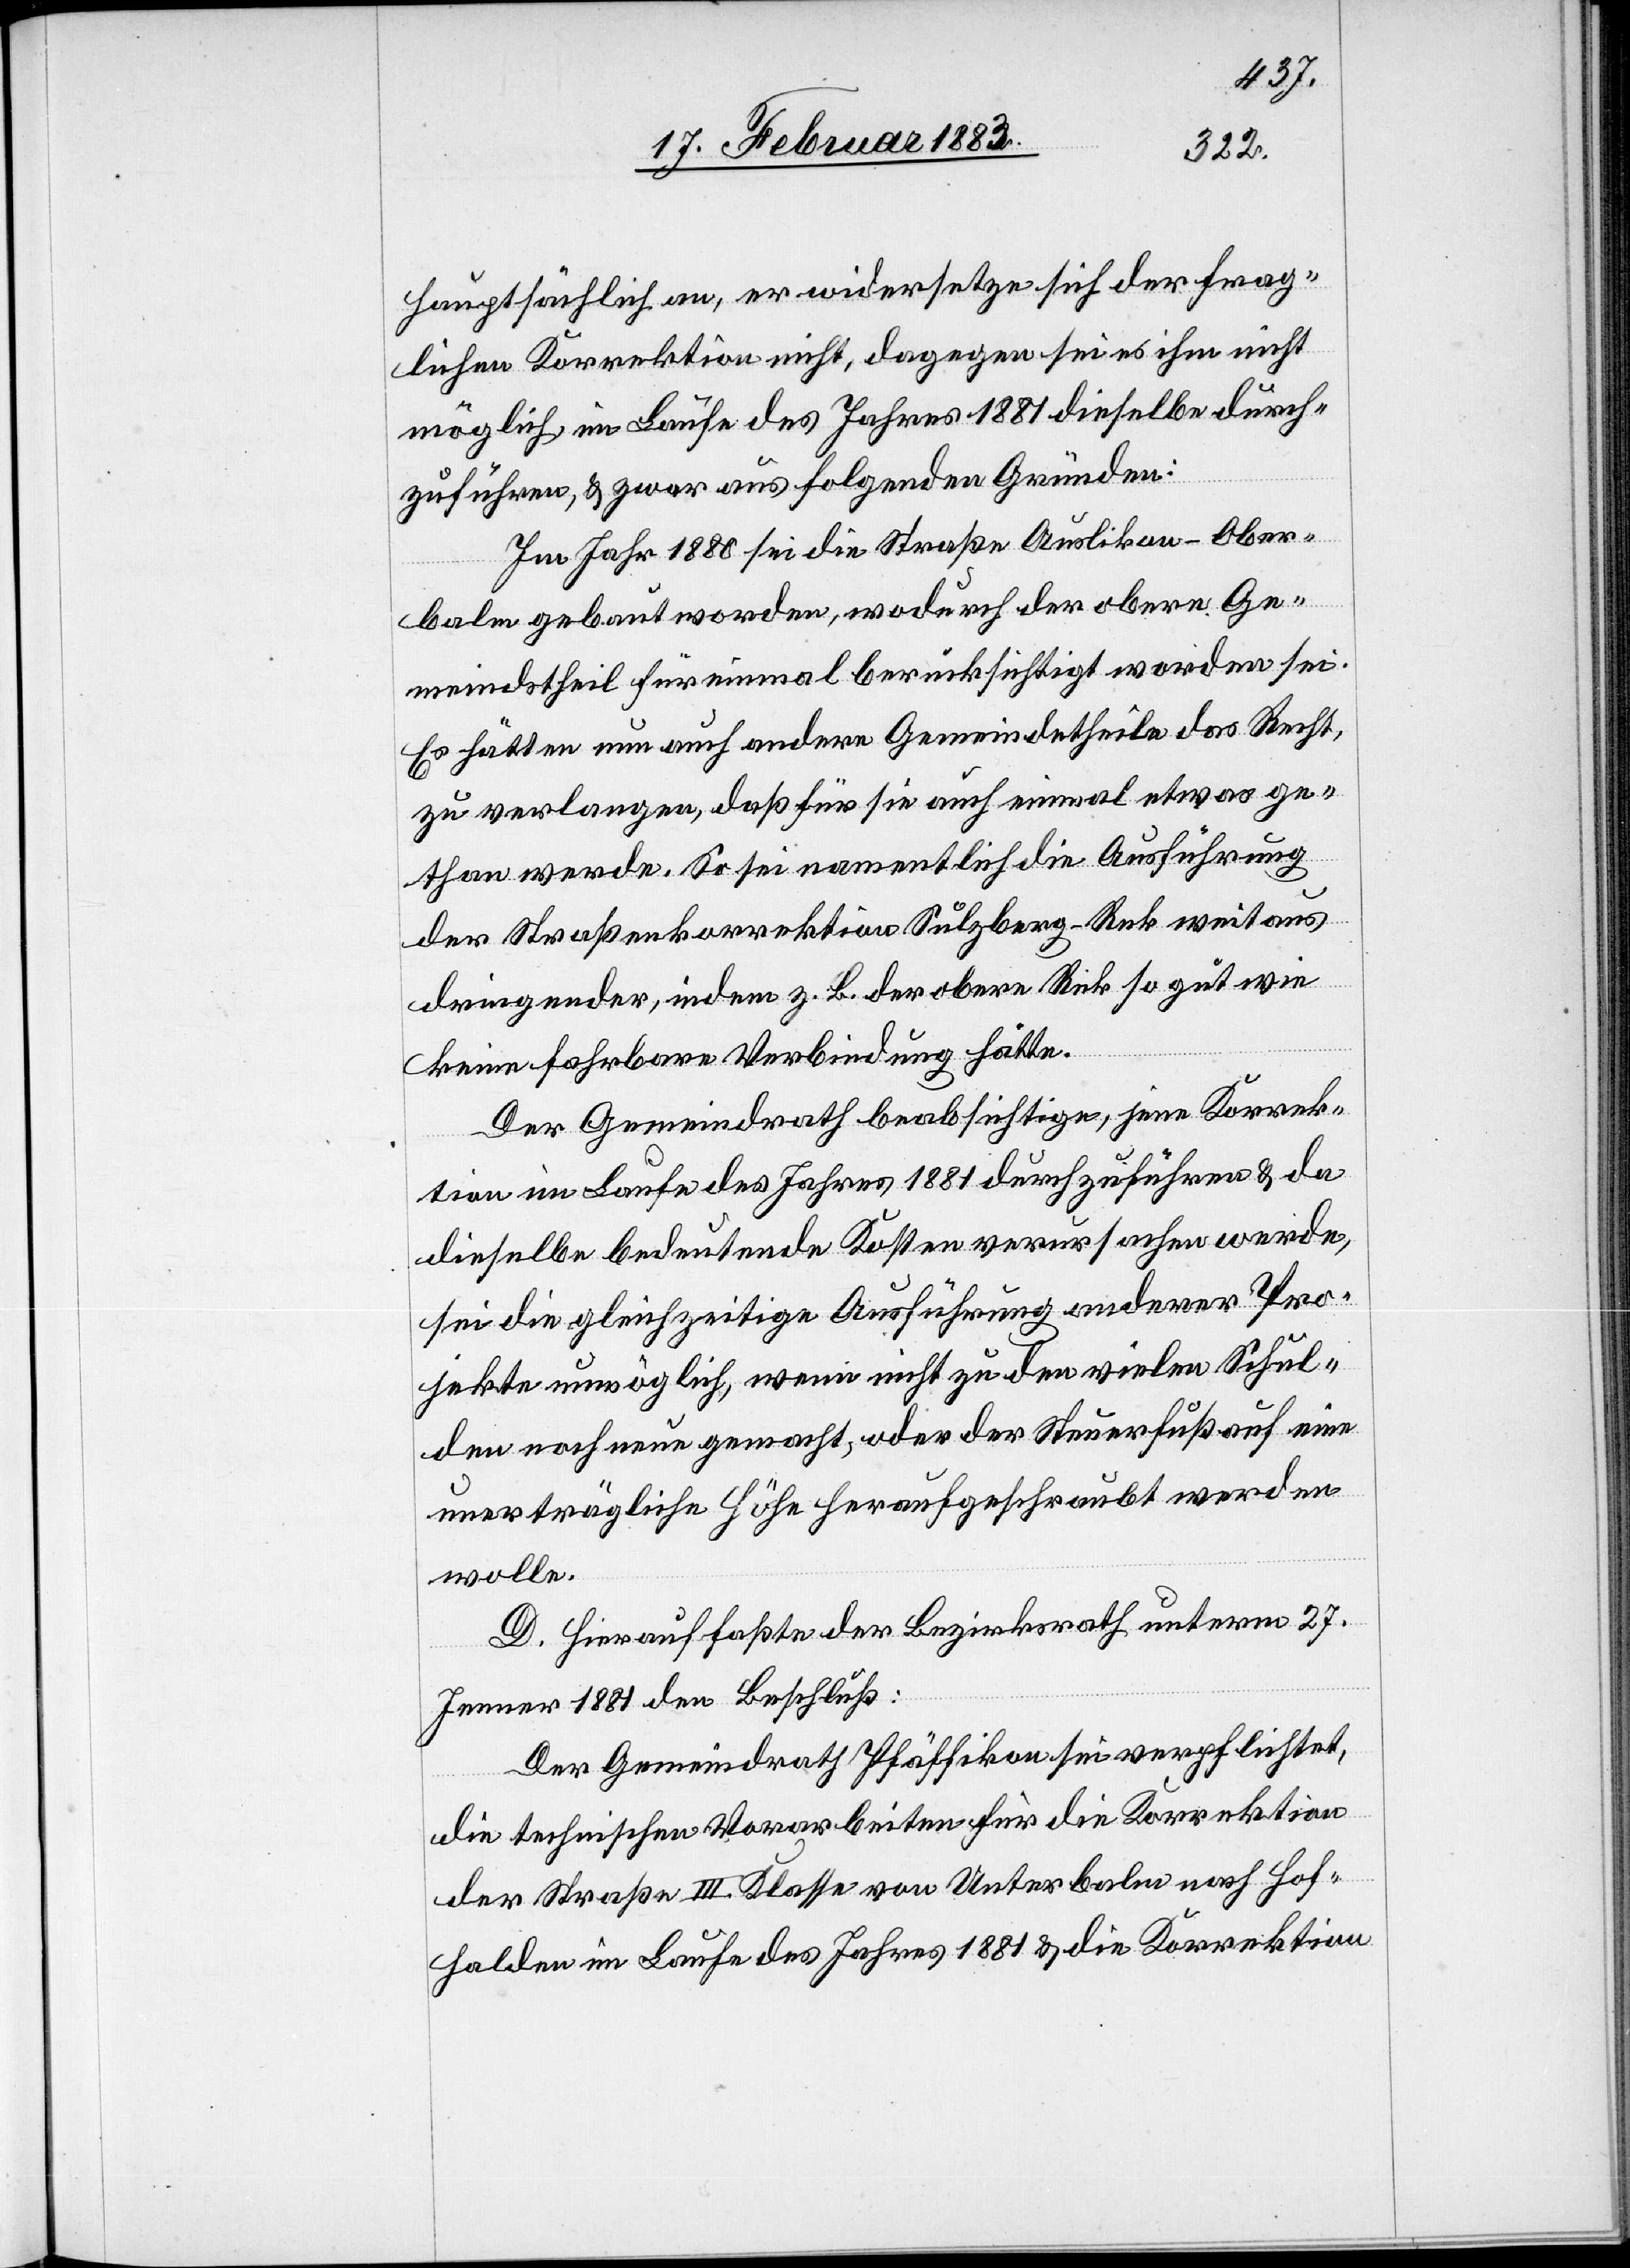
hauptsächlich an, er widersetze sich der frag¬
lichen Korrektion nicht, dagegen sei es ihm nicht
möglich, im Laufe des Jahres 1881 dieselbe durch¬
zuführen, & zwar aus folgenden Gründen:
Im Jahr 1880 sei die Straße Auslikon–Ober¬
balm gebaut worden, wodurch der obere Ge¬
meindstheil für einmal berücksichtigt worden sei.
Es hätten nun auch andere Gemeindetheile das Recht,
zu verlangen, daß für sie auch einmal etwas ge¬
than werde. So sei namentlich die Ausführung
der Straßenkorrektion Sulzberg–Rek weitaus
dringender, indem z. B. der obere Rek so gut wie
keine fahrbare Verbindung hätte.
Der Gemeindrath beabsichtige, jene Korrek¬
tion im Laufe des Jahres 1881 durchzuführen & da
dieselbe bedeutende Kosten verursachen werde,
sei die gleichzeitige Ausführung anderer Pro¬
jekte unmöglich, wenn nicht zu den vielen Schul¬
den noch neue gemacht, oder der Steuerfuß auf eine
unerträgliche Höhe heraufgeschraubt werden
wolle.
D. Hierauf faßte der Bezirksrath unterm 27.
Jenner 1881 den Beschluß:
Der Gemeindrath Pfäffikon sei verpflichtet,
die technischen Vorarbeiten für die Korrektion
der Straße III. Klasse von Unterbalm nach Hof¬
halden im Laufe des Jahres 1881 & die Korrektion